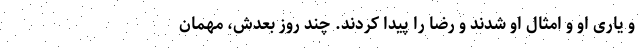
و یاری او و امثال او شدند و رضا را پیدا کردند. چند روز بعدش، مهمان